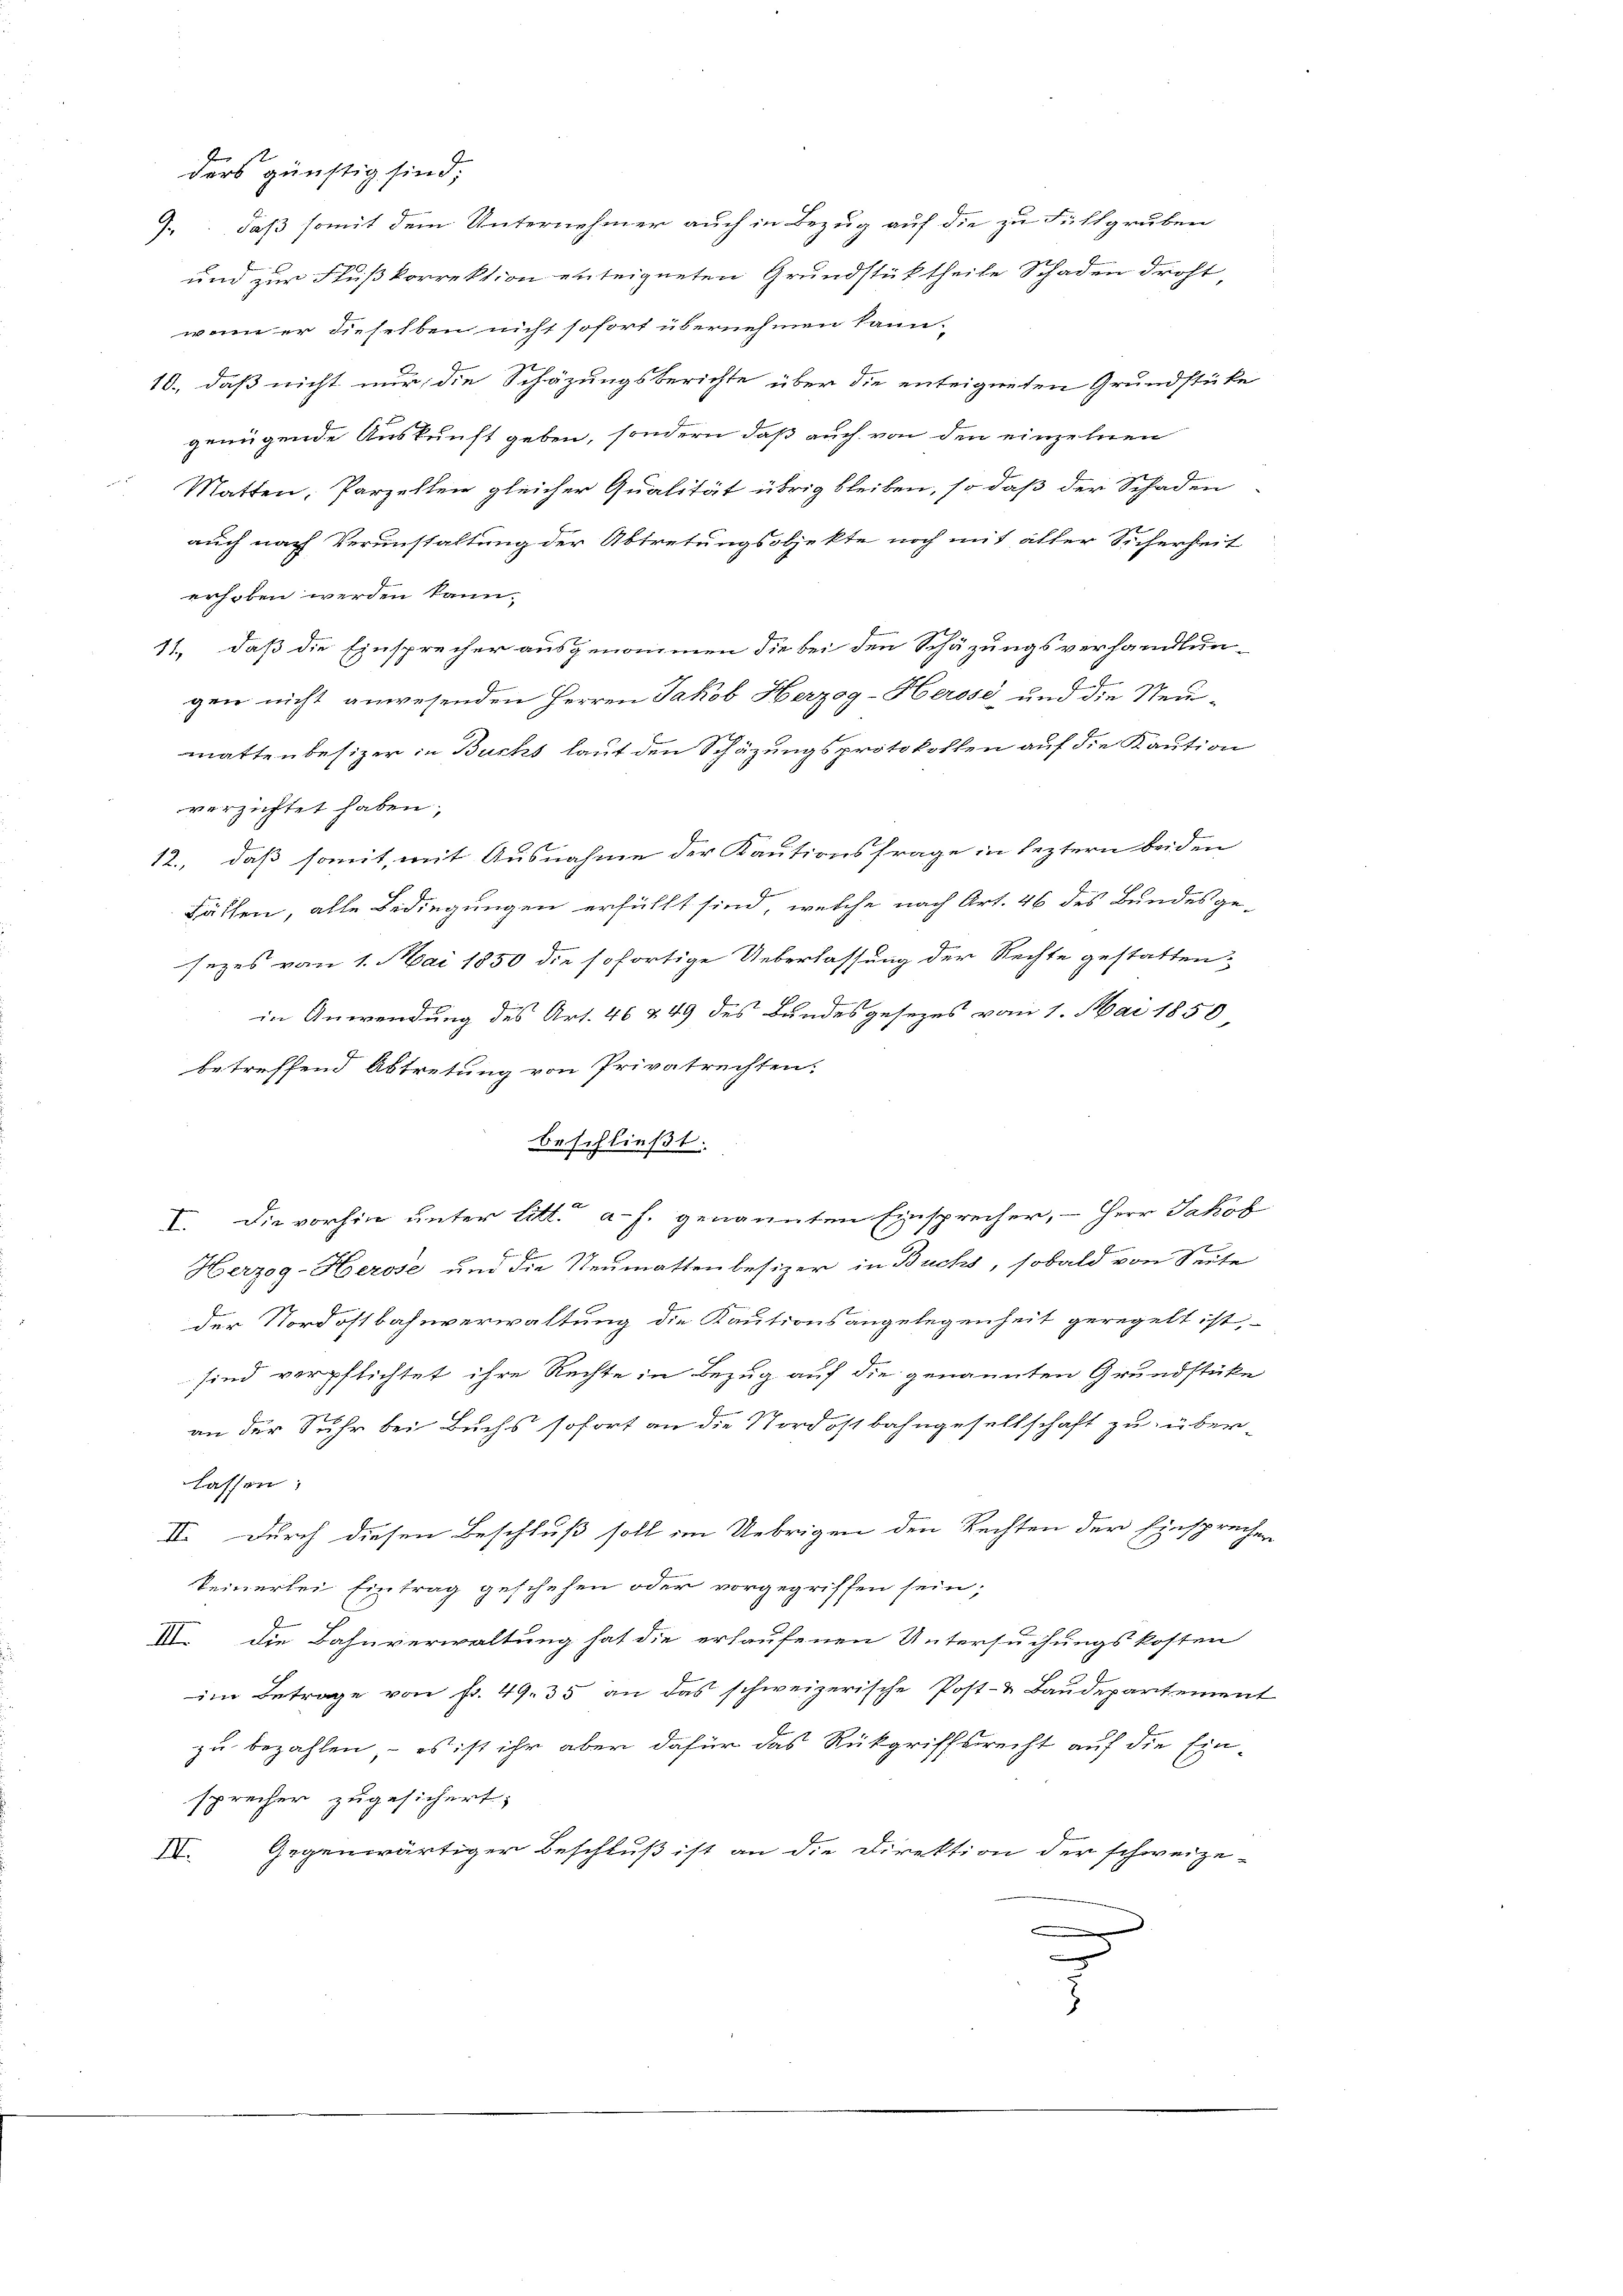
be
ders günstig sind.
.: daß somit dem Unternehmer auch in Bezug auf die zu Fühlgruben
und zur Flußkorrektion enteigneten Grundstüktheile Schaden droht,
wenn er dieselben nicht sofort übernehmen kann.
10., daß nicht nur, die Schäzungsberichte über die enteigneten Grundstüke
genügende Auskunft geben, sondern daß auch von den einzelnen
Matten, Parzellen gleicher Qualität übrig bleiben, so daß der Schaden
auch nach Verunstaltung der Abtretungsobjekte noch mit aller Sicherheit
erhoben werden kann.
11., daß die Einsprecher ausgenommen die bei den Schäzungsverhandlun-
gen nicht anwesenden Herren Jakob Herzog-Herose und die Neumnattenbesizer in Buchs laut den Schäzungsprotokollen auf die Kaution
verzichtet haben;
12., daß somit, mit Ausnahme der Kautionsfrage in leztern beiden
Fächen, alle Bedingungen erfüllt sind, welche nach Art. 46 des Bundesge-
sezes vom 1. Mai 1850 die sofortige Ueberlassung der Rechte gestatten,
in Anwendung des Art. 46 & 49 des Bundesgesezes vom 1. Mai 1850,
betreffend Abtretung von Privatrechten.
beschließt:
d
I. Die vorhin unter litt. a. f. genannten Einsprecher, - Herr Jakob
Herzog-Herose und die Neumattenbesizer in Buchs, sobald von Seite
i
der Nordostbahnverwaltung die Kautionsangelegenheit geregelt ist,
sind verpflichtet ihre Rechte in Bezug auf die genannten Grundstüke
an der Suhr bei Buchs sofort an die Nordostbahngesellschaft zu über-
lassen:
II. Durch diesen Beschluß soll im Uebrigen den Rechten der Einsprechen
keinerlei Eintrag geschehen oder vorgegriffen sein;
IV. Die Bahnverwaltung hat die erhaufenen Untersuchungskosten
im Betrage von fr. 49. 35 an das schweizerische Post- & Baudepartement
zu bezahlen, – es ist ihr aber dafür das Rückgriffsrecht auf die Einsprecher zugesichert;
IV. Gegenwärtiger Beschluß ist an die Direktion der schweize-